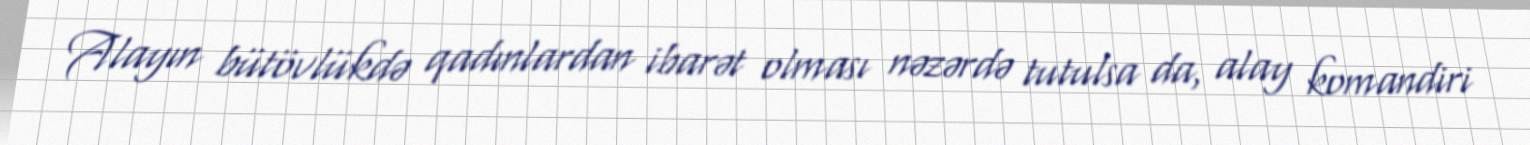
Alayın bütövlükdə qadınlardan ibarət olması nəzərdə tutulsa da, alay komandiri